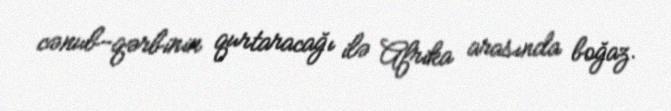
cənub-qərbinin qurtaracağı ilə Afrika arasında boğaz.